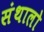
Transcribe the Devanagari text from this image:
संथालो